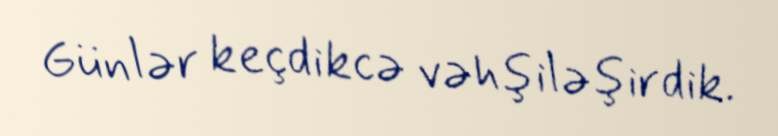
Günlər keçdikcə vəhşiləşirdik.